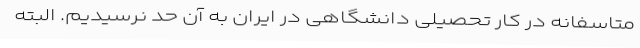
متاسفانه در کار تحصیلی دانشگاهی در ایران به آن حد نرسیدیم. البته